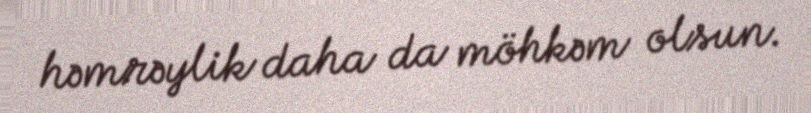
həmrəylik daha da möhkəm olsun.